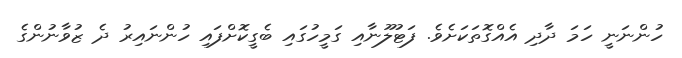
ހުންނަނީ ހަމަ ދާދި އެއްގޮތަކަށެވެ. ފަޓުލޫނާއި ގަމީހުގައި ބެގީކޮށްފައި ހުންނައިރު ދެ ޒުވާނުންގެ